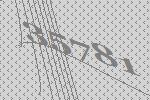
35781